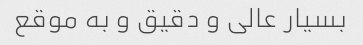
بسیار عالی و دقیق و به موقع